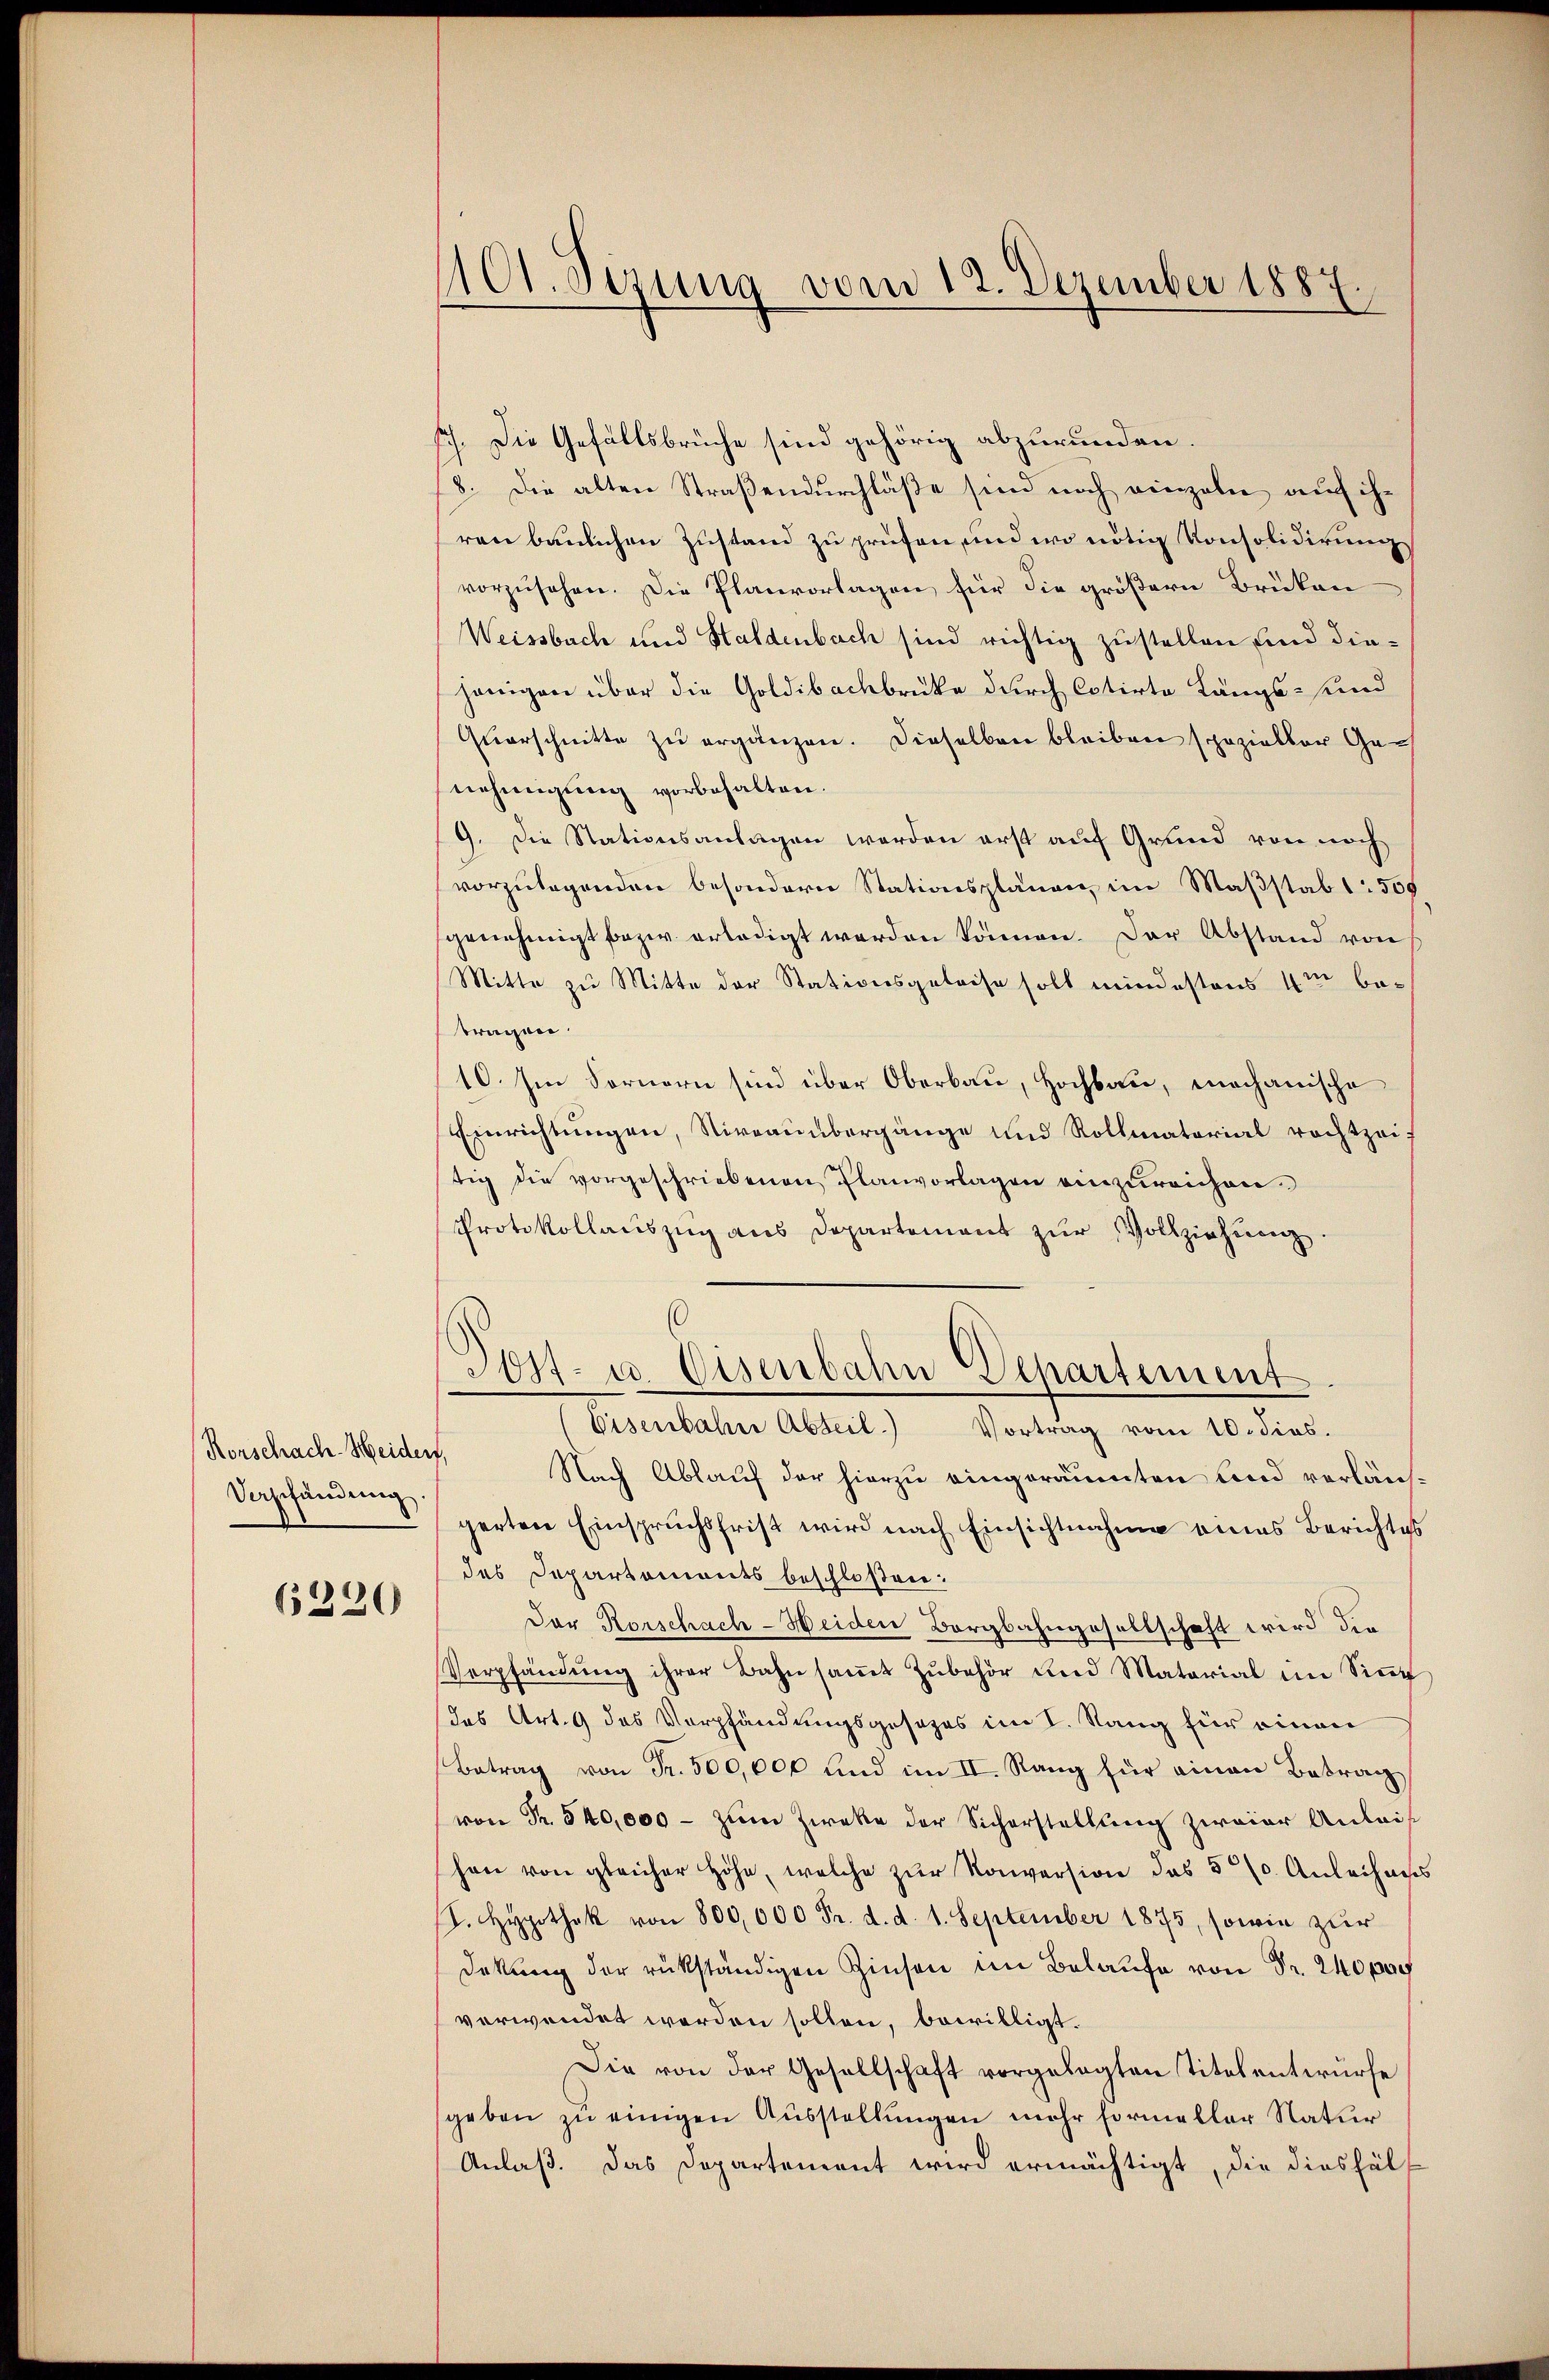
Rorschach-Heider,
Verpfändung

6320

1101. Sezung vom 12. Dezember 1887.

sch. Die Gefällsbrüche sind gehörig abzurunden.
18. Die alten Straßendurchläße sind noch einzelne auf ih-
ren baulichen Zustand zu prüfen, und wo nötig Konsolidirung
vorzusehen. Die Planvorlagen für die größern Brüken
Weissbach und Haldenbach sind richtig zustellen und diejenigen über die Goldibachbrücke durch Cotirte Längs- und
Qŭerschnitte zŭ ergänzen. Dieselben bleiben spezieller Genehmigung vorbehalten.
9. Die Stationsanlagen werden erst auf Grund von noch
vorzulegenden besondern Stationsplänen, im Maßstab 1 500
genehmigt bezw. erledigt werden können. Der Abstand von
Mitte zu Mitte der Stationsgebrese soll mindestens 4m betragen.
10. Im Fornern sind über Oberbau, Hochbau, mechanische
Einrichtungen, Niveauübergänge und Rollmatorial rechtzeif
tig die vorgeschriebenen Planvorlagen einzureichen
Protokollaŭszŭg ans Departement zŭr Vollziehŭng.
Post- u. Eisenbahn Departement.
Eisenbahne Abteil) Vortrag vom 10. dies.
Nach Ablauf der hierzu eingeräumten lind verlängerten Einspruchsfrist wird nach Einsichtnahme eines Berichtes
des Departonierts beschloßen:
Der Rorschach-Heiden Bergbahngesellschaft wird die
Verpfändung ihrer Bahn saṁt Zubehör und Matorial im Siṅ
das Art. 9 das Verpfändungsgesezes im I. Rang für einen
Betrag von Fr. 500,000 und im II. Rang für einen Betrag
von Fr. 540,000 - zum Zwecke der Sicherstellung zweier Anleihen von gleicher Höhe, welche zur Konversion das 50. Anleihans
I. Hypothek von 800,000 Fr. d. d. 1. September 1875, sowie zur
Dekŭng der rükständigen Zinsen im Belaufe von Fr. 240000
verwendet werden sollen, bewilligt.
Die von der Gesellschaft vorgelegten Titel entwurfe
geben zu einigen Ausstellungen mehr formeller Natur
Anlaß. Das Departement wird ermächtigt, die dieshälf